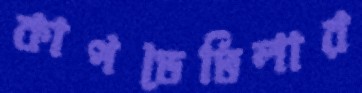
কাপডেভিলার